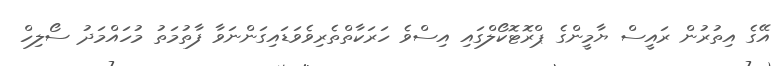
އޭގެ އިތުރުން ރައީސް ޔާމީންގެ ޕްރޮޓޮކޯލްގައި އިސްވެ ހަރަކާތްތެރިވެވަޑައިގަންނަވާ ފާތުމަތު މުހައްމަދު ސޯލިހް